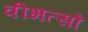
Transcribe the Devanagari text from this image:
वीभत्सों